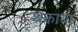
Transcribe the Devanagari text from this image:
थकाया